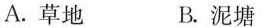
A.草地 B.泥塘